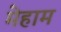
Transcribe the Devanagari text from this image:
मेहाम